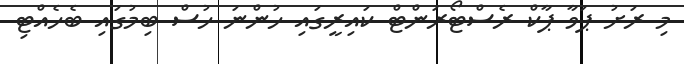
މި ރަށު ޕަވާ ޕާކް ރެސްޓޯރަންޓް ކައިރީގައި ހުންނަ ހުސް ބިމުގައި ބެހެއްޓި